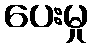
ပေးမှု